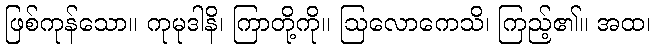
ဖြစ်ကုန်သော။ ကုမုဒါနိ၊ ကြာတို့ကို။ ဩလောကေသိ၊ ကြည့်၏။ အထ၊